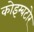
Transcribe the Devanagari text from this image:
कोइम्बटोर